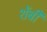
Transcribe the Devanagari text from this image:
शेंबी